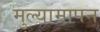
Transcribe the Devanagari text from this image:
मुल्यामापन